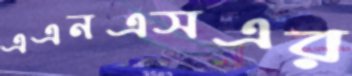
এএনএসএর